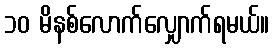
၁၀ မိနစ်လောက်လျှောက်ရမယ်။